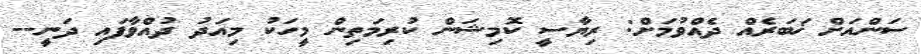
ސަންއަށް ޚަބަރެއް ދެއްވުމަށް: ރިޔާސީ ކޮމިޝަން ކުރިމަތިން މީހަކު މިއަދު ދުއްވާފައި ދަނީ--